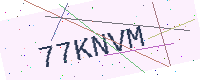
Text: 77KNVM